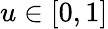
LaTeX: u\in[0,1]